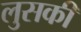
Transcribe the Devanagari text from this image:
लुसकी